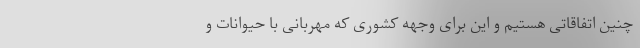
چنین اتفاقاتی هستیم و این برای وجهه کشوری که مهربانی با حیوانات و